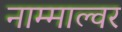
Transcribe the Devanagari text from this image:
नाम्माल्वर